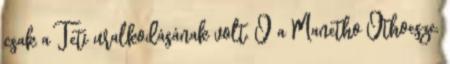
csak a Teti uralkodásának volt. Ő a Manetho Othoesze,